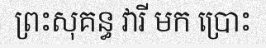
ព្រះសុគន្ធ វារី មក ប្រោះ